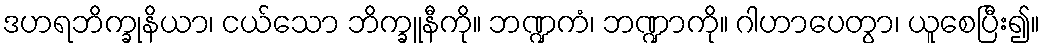
ဒဟရဘိက္ခုနိယာ၊ ငယ်သော ဘိက္ခူနီကို။ ဘဏ္ဍကံ၊ ဘဏ္ဍာကို။ ဂါဟာပေတွာ၊ ယူစေပြီး၍။